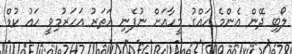
ލޯބި ދޭން އެންމެ ހައްގު މީހާއަށް ނުފެނި ހަތަރު އަހަރުމިވީ ހައު ކުޑް